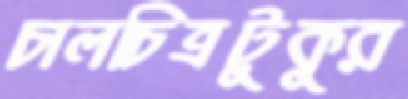
চালচিত্রটুকুর